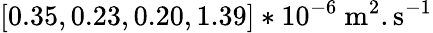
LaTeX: [0.35,0.23,0.20,1.39]*10^{-6}~\mathrm{m}^{2}.\mathrm{s}^{-1}